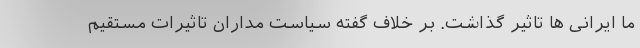
ما ایرانی ها تاثیر گذاشت. بر خلاف گفته سیاست مداران تاثیرات مستقیم